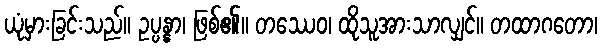
ယုံမှားခြင်းသည်။ ဥပ္ပန္နာ၊ ဖြစ်၏။ တဿေဝ၊ ထိုသူအားသာလျှင်။ တထာဂတော၊